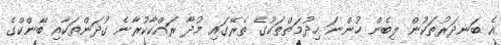
އެ ބަނދަރުތަކުން ލިބެން ހުންނަ ހިދުމަތްތަކުގެ ތެރޭގައި މުދާ ރައްކާކުރާނެ ގުދަންތަކާއި ބޭންކްގެ